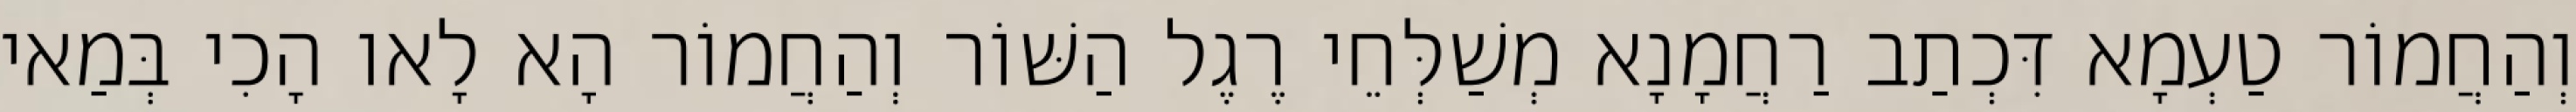
וְהַחֲמוֹר טַעְמָא דִּכְתַב רַחֲמָנָא מְשַׁלְּחֵי רֶגֶל הַשּׁוֹר וְהַחֲמוֹר הָא לָאו הָכִי בְּמַאי